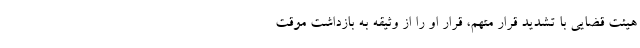
هیئت قضایی با تشدید قرار متهم، قرار او را از وثیقه به بازداشت موقت